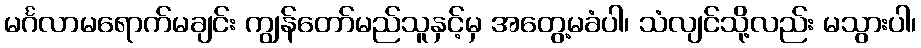
မင်္ဂလာမရောက်မချင်း ကျွန်တော်မည်သူနှင့်မှ အတွေ့မခံပါ၊ သံလျင်သို့လည်း မသွားပါ၊